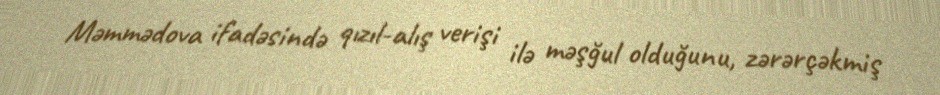
Məmmədova ifadəsində qızıl-alış verişi ilə məşğul olduğunu, zərərçəkmiş